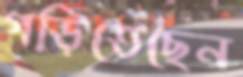
গড়িতেছেন